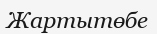
Жартытөбе